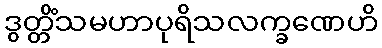
ဒွတ္တိံသမဟာပုရိသလက္ခဏေဟိ